画像に写った文字を読んでください
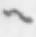
「へ」と書いてあります